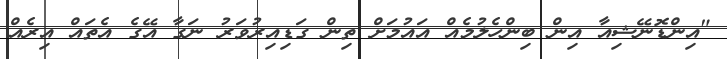
"އިންޑޮނޭޝިއާ އިން ބިންހެލުމެއް އައުމަށް ތިން ގަޑިއިރުވަރު ނަގާ އޭގެ އެތައް އިރެއް